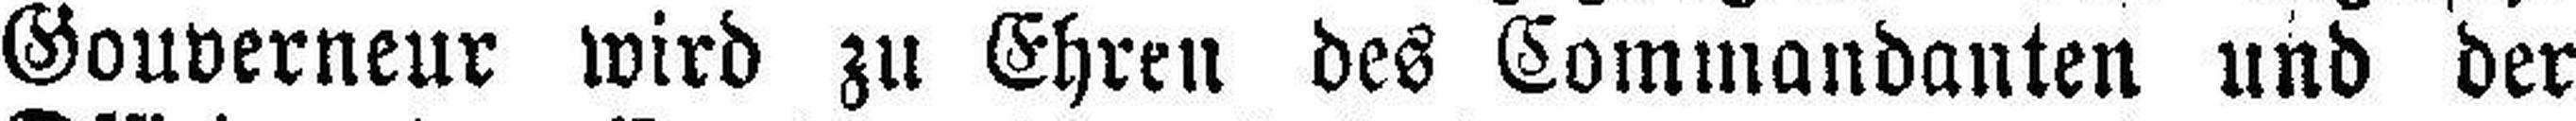
Gouverneur wird zu Ehren des Commandanten und der